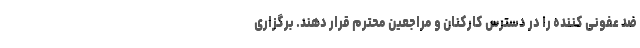
ضد عفونی کننده را در دسترس کارکنان و مراجعین محترم قرار دهند. برگزاری